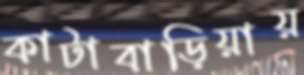
কাটাবাড়িয়ায়